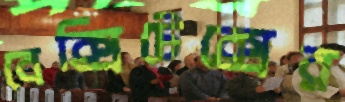
বেক্সিটেক্সের